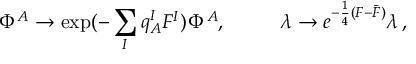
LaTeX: \Phi ^ { A } \to \exp ( - \sum _ { I } q _ { A } ^ { I } F ^ { I } ) \, \Phi ^ { A } , ~ ~ ~ ~ ~ ~ ~ ~ \lambda \rightarrow e ^ { - \frac { 1 } { 4 } ( F - \bar { F } ) } \lambda \, ,